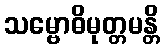
သမ္ဗောဓိမုတ္တမန္တိ